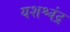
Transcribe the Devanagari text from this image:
यशश्चंद्र